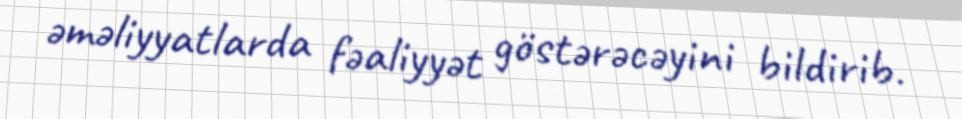
əməliyyatlarda fəaliyyət göstərəcəyini bildirib.